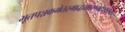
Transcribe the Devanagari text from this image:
भूतपञ्चकमेतस्माद्धयवरण्महेश्वरात्।